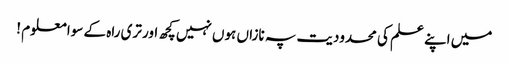
میں اپنے علم کی محدودیت پہ نازاں ہوں نہیں کچھ اور تری راہ کے سوا معلوم !